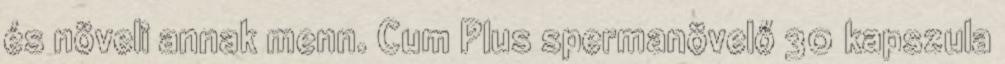
és növeli annak menn. Cum Plus spermanövelő 30 kapszula